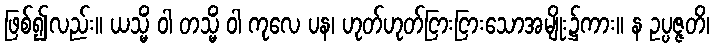
ဖြစ်၍လည်း။ ယသ္မိံ ဝါ တသ္မိံ ဝါ ကုလေ ပန၊ ဟုတ်ဟုတ်ငြားငြားသောအမျိုး၌ကား။ န ဥပ္ပဇ္ဇတိ၊